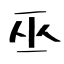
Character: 巫